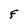
Character: F